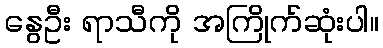
နွေဦး ရာသီကို အကြိုက်ဆုံးပါ။